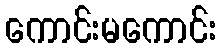
ကောင်းမကောင်း